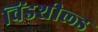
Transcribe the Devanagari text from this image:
विंडशील्‍ड